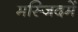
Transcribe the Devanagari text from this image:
मस्जिदमें